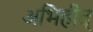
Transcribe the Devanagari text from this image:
अभिहीत्